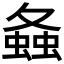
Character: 𧍸